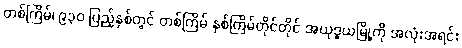
တစ်ကြိမ်၊ ၉၃၀ ပြည့်နှစ်တွင် တစ်ကြိမ် နှစ်ကြိမ်တိုင်တိုင် အယုဒ္ဓယမြို့ကို အလုံးအရင်း